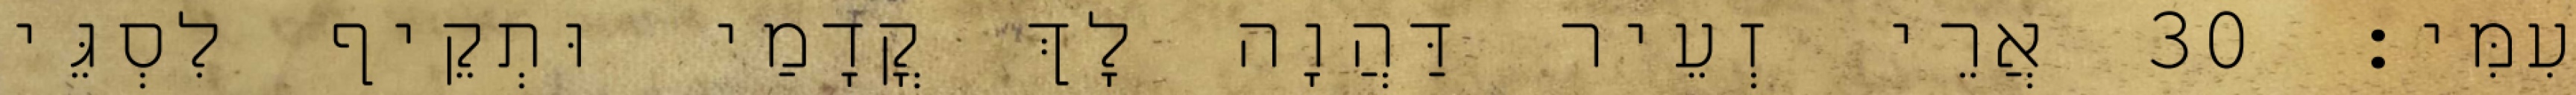
עִמִּי׃ 30 אֲרֵי זְעֵיר דַּהֲוָה לָךְ קֳדָמַי וּתְקֵיף לִסְגֵּי